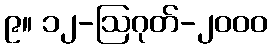
၉။ ၁၂-ဩဂုတ်-၂၀၀၀